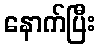
နောက်ပြီး